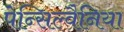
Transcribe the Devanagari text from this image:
पेन्सिल्वैनिया